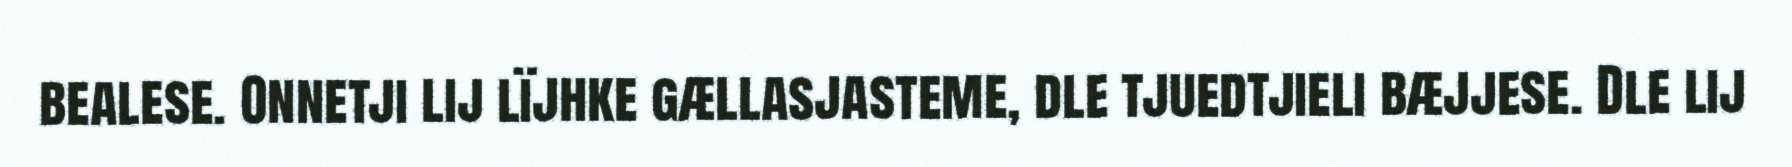
bealese. Onnetji lij lïjhke gællasjasteme, dle tjuedtjieli bæjjese. Dle lij